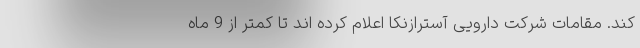
کند. مقامات شرکت دارویی آسترازنکا اعلام کرده اند تا کمتر از 9 ماه